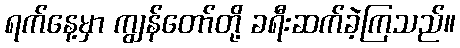
ရက်နေ့မှာ ကျွန်တော်တို့ ခရီးဆက်ခဲ့ကြသည်။